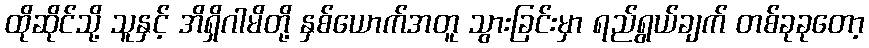
ထိုဆိုင်သို့ သူနှင့် အိရှိဂါမိတို့ နှစ်ယောက်အတူ သွားခြင်းမှာ ရည်ရွယ်ချက် တစ်ခုခုတော့